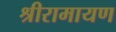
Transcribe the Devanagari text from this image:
श्रीरामायण